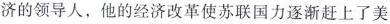
济的领导人，他的经济改革使苏联国力逐渐赶上了美